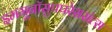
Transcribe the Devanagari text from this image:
इममूनॉसुपपरेससंत्स